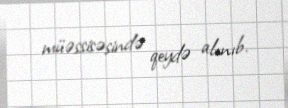
müəssisəsində qeydə alınıb.